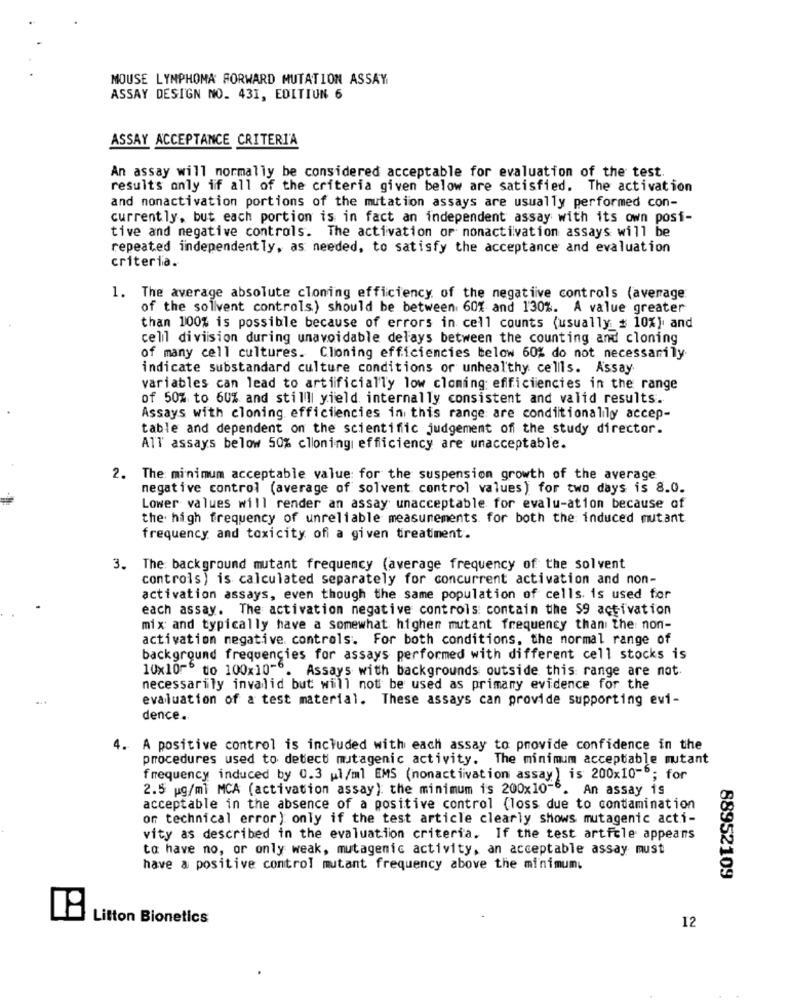
MOUSE LYMPHOMA FORWARD MUTATION ASSAY
ASSAY DESIGN NO. 431, EDITIUN 6
ASSAY ACCEPTANCE CRITERIA
An assay will normally be considered acceptable for evaluation of the test.
results only if all of the criteria given below are satisfied. The activation
and nonactivation portions of the mutation assays are usually performed con-
currently, but each portion is in fact an independent assay with its own posi-
tive and negative controls. The activation or nonactivation assays will be
repeated independently, as needed, to satisfy the acceptance and evaluation
criteria.
1. The average absolute cloning efficiency of the negative controls (average
of the sollvent controls) should be between 60% and 130%. A value greater
than 100% is possible because of errors in cell counts (usually # 10%), and
cell division during unavoidable delays between the counting and cloning
of many cell cultures. Cloning efficiencies below 60% do not necessarily.
indicate substandard culture conditions or unhealthy cellls. Assay
variables can lead to artificially low cloning: efficiencies in the range
of 50% to 60% and still yield internally consistent and valid results.
Assays with cloning efficiencies in this range are conditionally accep-
table and dependent on the scientific judgement off the study director.
All' assays below 50% cloning efficiency are unacceptable.
2. The minimum acceptable value for the suspension growth of the average
negative control (average of solvent control values) for two days is 8.0.
Lower values will render an assay unacceptable for evalu-ation because of
the high frequency of unreliable measurements for both the: induced mutant
frequency and toxicity of a given treatment.
3. The background mutant frequency (average frequency of the solvent
controls) is calculated separately for concurrent activation and non-
activation assays, even though the same population of cells. is used for
each assay. The activation negative controls: contain the $9 activation
mix and typically have a somewhat higher mutant frequency than the non-
activation negative controls. For both conditions, the normal range of
background frequencies for assays performed with different cell stocks is
10x10~ to 100x10-6. Assays with backgrounds outside this range are not.
necessarily invalid but will not be used as primany evidence for the
evaluation of a test material. These assays can provide supporting evi-
dence.
4. A positive control is included with each assay to provide confidence in the
procedures used to detect mutagenic activity. The minimum acceptable mutant
frequency induced by 0.3 ul/ml EMS (nonactivation assay) is 200x10 -; for
2.5 pg/ml MCA (activation assay): the minimum is 200x10"". An assay is
acceptable in the absence of a positive control (loss due to contamination
or technical error ) only if the test article clearly shows mutagenic acti-
vity as described in the evaluation criteria. If the test article appeans
to have no, or only weak, mutagenic activity, an acceptable assay must
have a positive control mutant frequency above the minimum.
88952109
Litton Bionetics
12